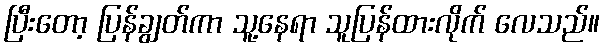
ပြီးတော့ ပြန်ချွတ်ကာ သူ့နေရာ သူပြန်ထားလိုက် လေသည်။